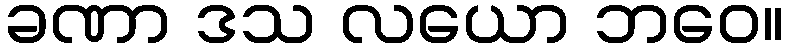
ခဏာ ဒသ လယော ဘဝေ။